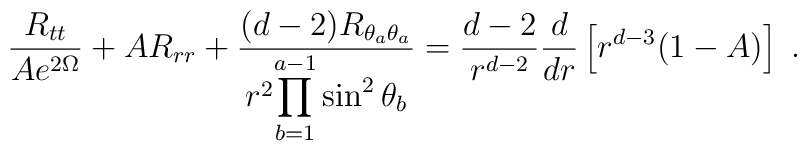
\frac{R_{tt}}{Ae^{2\Omega}}+AR_{rr}+\frac{(d-2)R_{ \theta_a \theta_a}}{r^2 \displaystyle{\prod_{b=1}^{a-1}\sin^2\theta_b}}=\frac{d-2}{r^{d-2}}\frac{d}{dr}\left[r^{d-3}(1-A)\right] \;.